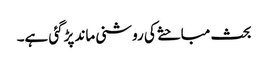
بحث مباحثے کی روشنی ماند پڑگئی ہے۔